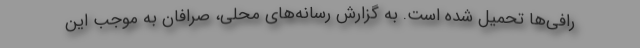
رافی‌ها تحمیل شده است. به گزارش رسانه‌های محلی، صرافان به موجب این